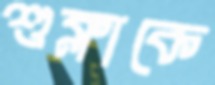
শুক্লাকে